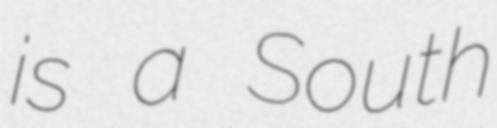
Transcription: is a South